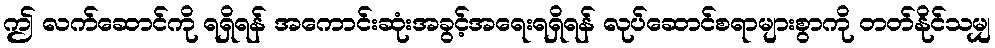
ဤ လက်ဆောင်ကို ရရှိရန် အကောင်းဆုံးအခွင့်အရေးရရှိရန် လုပ်ဆောင်စရာများစွာကို တတ်နိုင်သမျှ